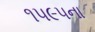
૧૫૯૫ના